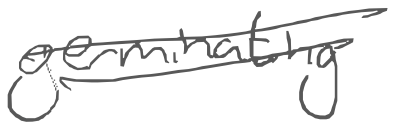
Text: germinating
Cross-out: double-line
Writing tool: digital_gray